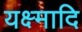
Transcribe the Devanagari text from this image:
यक्ष्मादि